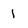
Character: 1